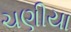
ચણીયા